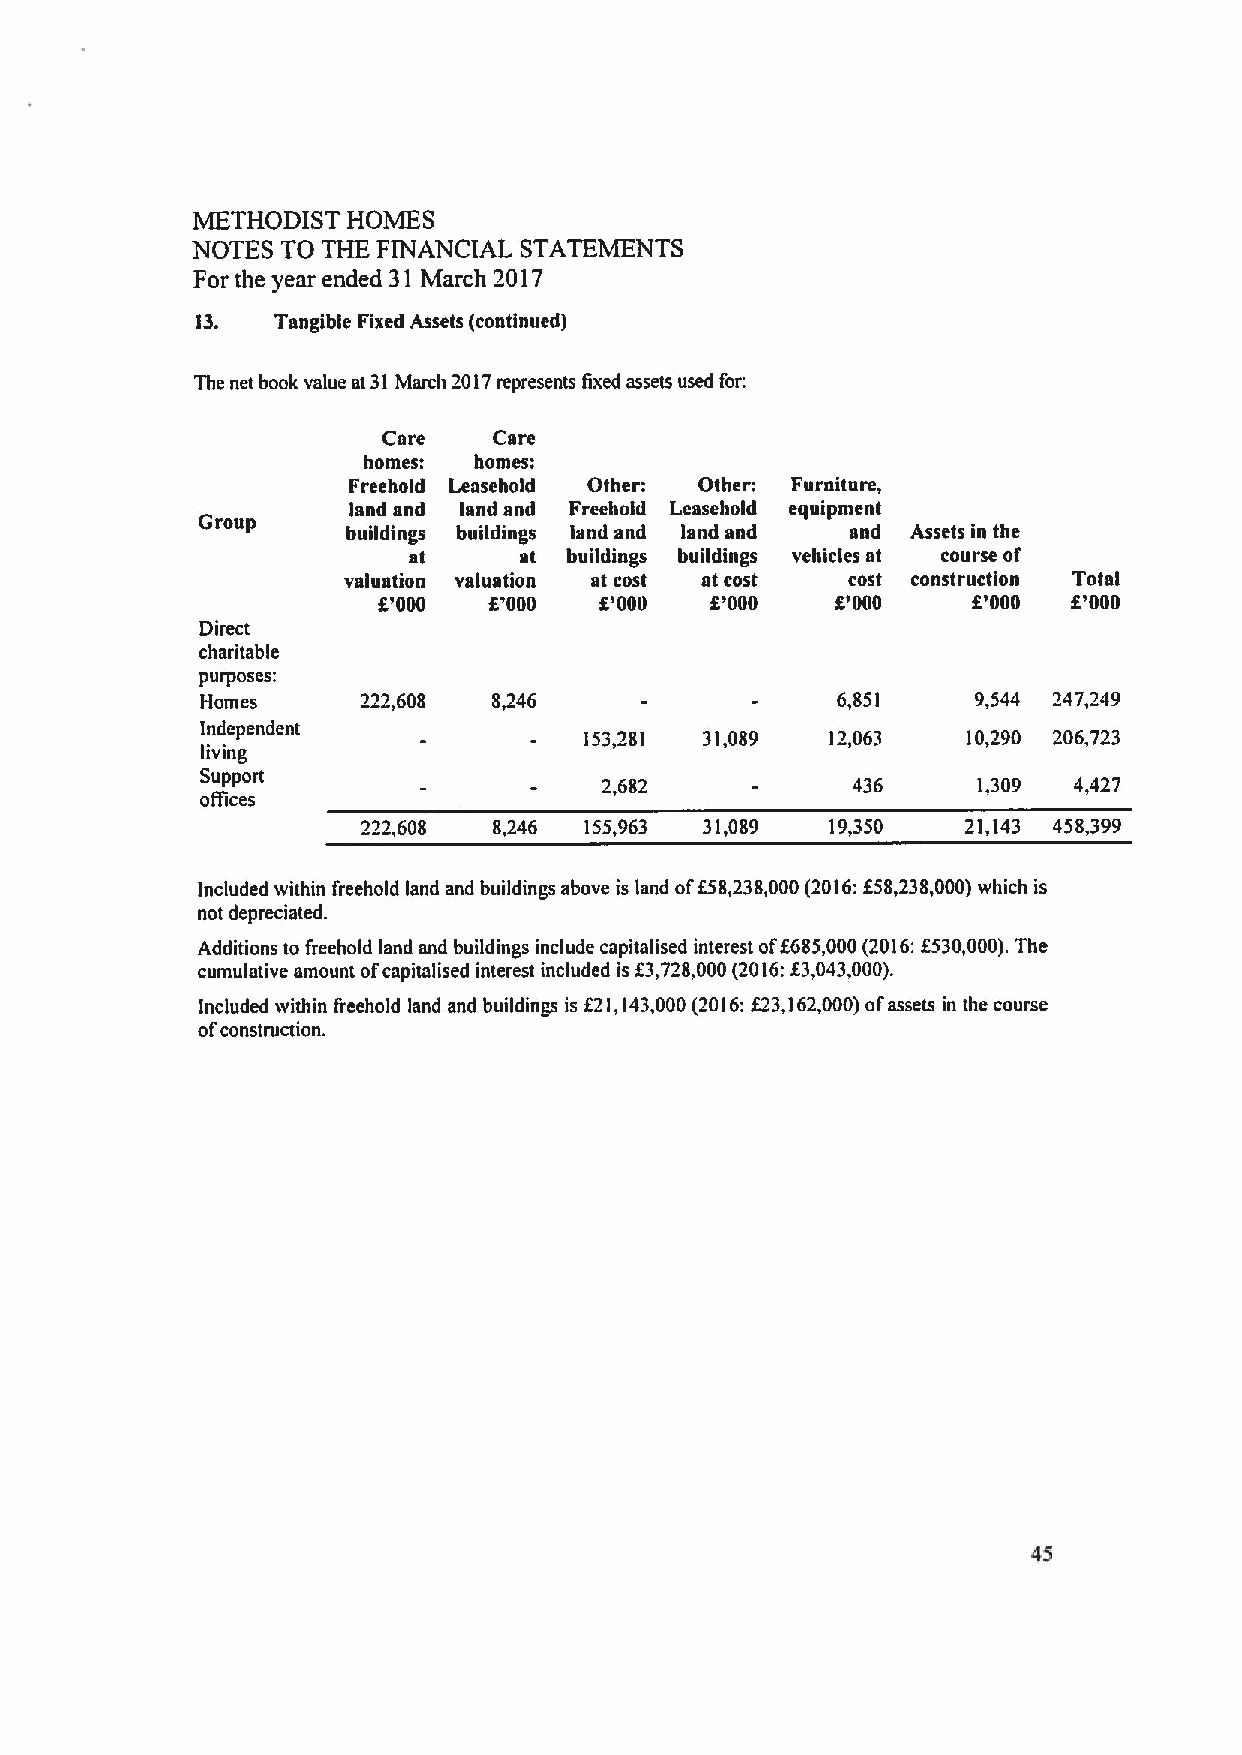
METHODIST HOMES
 NOTES TO THE FINANCIAL STATEMENTS
 For the year ended 31 March 2017
 13.  Tangible Fixed Assets (continued)
 The net book value at 31March 2017represents lixed assets used for:
 Care    Care
 homes: homes:
 Freehold Leasehold Other: Other: Furniture,
 land and land and Freehold Leasehold equipment
 Group
 buildings buildings land and land and and Assets in the
 at     at buildings buildings vehicles at course of
 valuation valuation at cost at cost cost construction Total
 f'000  P000    K'000  K'000   K'000    8'000  K'000
 Direct
 charitable
 purposes:
 Homes      222,608  8,246                 6,851     9,544 247,249
 Independent
 153,281 31,089  12,063   10,290 206,723
 living
 Support
 2,6$2           436      1,309 4,427
 otTices
 222,608  8,246 155,963 31,089  19,350   21,143 458,399
 Included within freehold land and buildings above is land off5$,23$,000(2016:f58,238,000)which is
 not depreciated.
 Additions to freehold land and buildings include capitalised interest off685,000(2016:f530,000).The
 cumulative amount ofcapital ised interest included isf3,728,000(2016:f3,043,000).
 Included within freehold land and buildings is 821,143,000(2016:f23,162,000)ofassets in the course
 ofconstruction.
 45